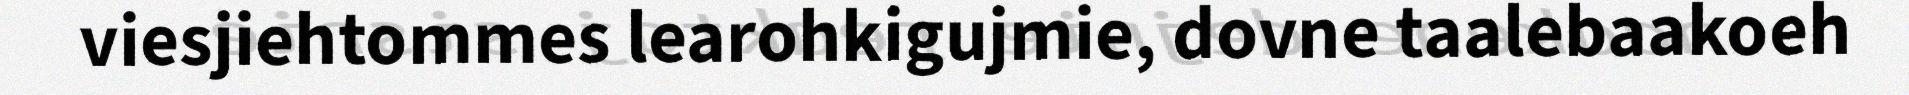
viesjiehtommes learohkigujmie, dovne taalebaakoeh